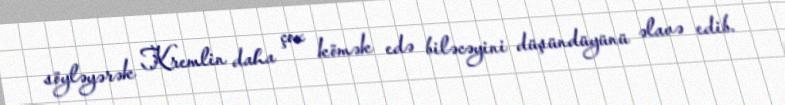
söyləyərək Kremlin daha çox kömək edə biləcəyini düşündüyünü əlavə edib.